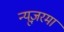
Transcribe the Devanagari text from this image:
न्यूज़रमा